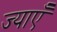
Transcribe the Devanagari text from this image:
ज्याएँ